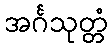
အင်္ဂသုတ္တံ